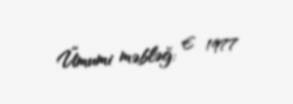
Ümumi məbləğ: € 1977